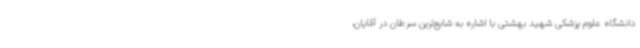
دانشگاه علوم پزشکی شهید بهشتی با اشاره به شایع‌ترین سرطان در آقایان،